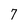
Character: 7